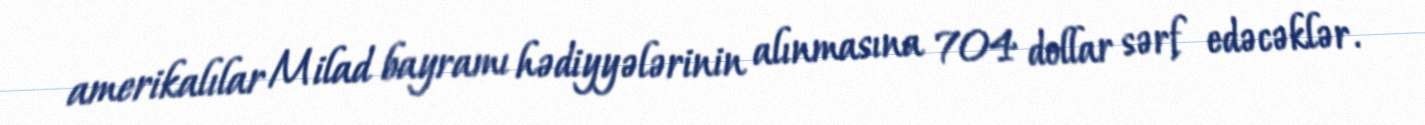
amerikalılar Milad bayramı hədiyyələrinin alınmasına 704 dollar sərf edəcəklər.